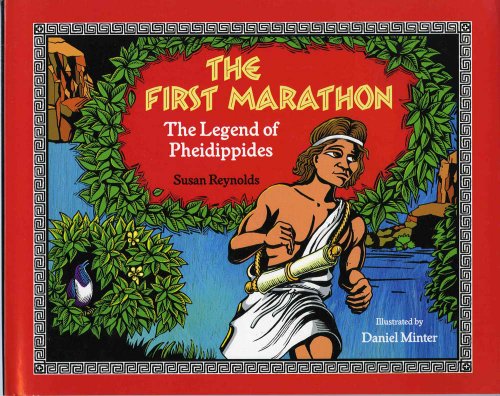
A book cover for The First Marathon: The Legend of Pheidippides; Susan Reynolds; Children's Books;